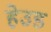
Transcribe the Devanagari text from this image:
हेउड